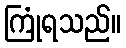
ကြုံရသည်။